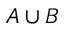
A \cup B